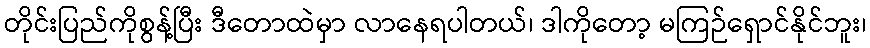
တိုင်းပြည်ကိုစွန့်ပြီး ဒီတောထဲမှာ လာနေရပါတယ်၊ ဒါကိုတော့ မကြဉ်ရှောင်နိုင်ဘူး၊